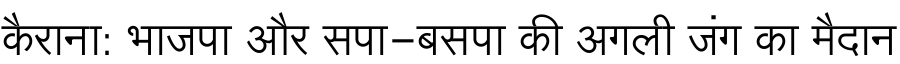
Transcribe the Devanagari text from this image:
कैराना: भाजपा और सपा-बसपा की अगली जंग का मैदान